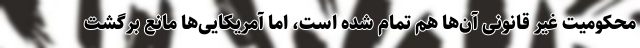
محکومیت غیر قانونی آن‌ها هم تمام شده است، اما آمریکایی‌ها مانع برگشت